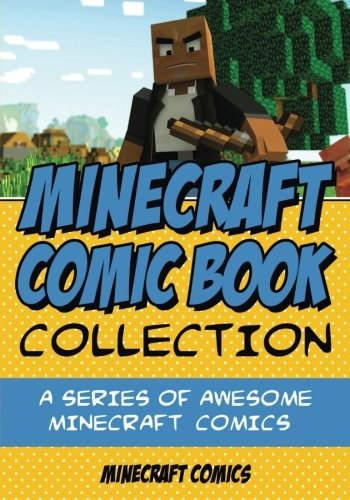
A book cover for Minecraft Comic Book Collection: A Series of AWESOME Minecraft Comics; Minecraft Comics; Children's Books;